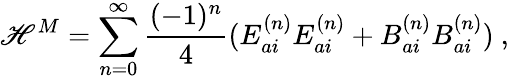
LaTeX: {\cal\mathscr{H}}^{M}=\sum_{n=0}^{\infty}\frac{{(-1)^{n}}}{{4}}(E_{ai}^{(n)}E_{ai}^{(n)}+B_{ai}^{(n)}B_{ai}^{(n)})\ ,